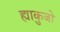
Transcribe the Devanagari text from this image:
ह्याकुजो